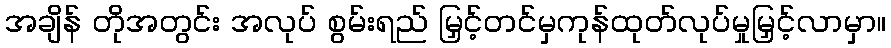
အချိန် တိုအတွင်း အလုပ် စွမ်းရည် မြှင့်တင်မှကုန်ထုတ်လုပ်မှုမြှင့်လာမှာ။